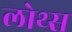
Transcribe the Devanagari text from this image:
लोथ्स